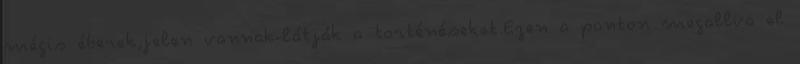
mégis éberek,jelen vannak-látják a torténéseket.Ezen a ponton megallva el